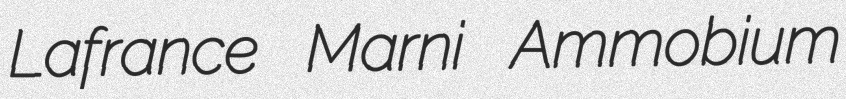
Lafrance Marni Ammobium